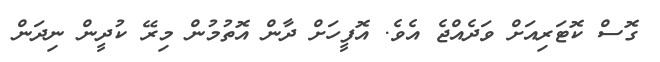
ގޮސް ކޮޓަރިއަށް ވަދެއްޖެ އެވެ. އޮފީހަށް ދާން އޮތުމުން މިރޭ ކުދީން ނިދަން